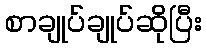
စာချုပ်ချုပ်ဆိုပြီး